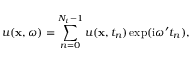
u ( \mathbf { x } , \omega ) = \sum _ { n = 0 } ^ { N _ { t } - 1 } u ( \mathbf { x } , t _ { n } ) \exp ( \mathrm { i } \omega ^ { \prime } t _ { n } ) ,